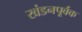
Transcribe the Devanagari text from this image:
खंडनपूर्वक